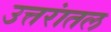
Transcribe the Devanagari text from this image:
उत्तरांतल